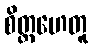
စိတ္တဟေတူ